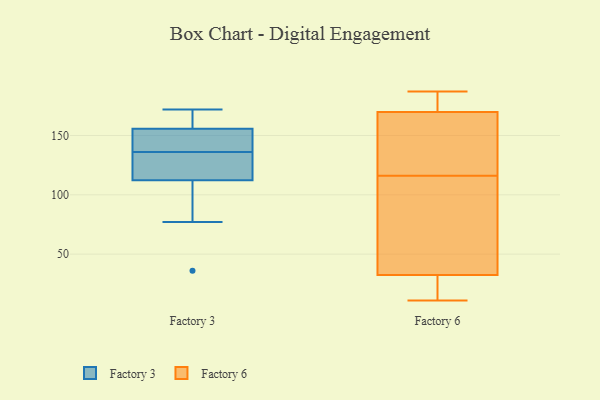
{"axis": {"x": "Net Income (USD K)", "y": "Value"}, "legend": ["Factory 3", "Factory 6"], "data": [{"x": "", "y": 84, "type": "Factory 3"}, {"x": "", "y": 165, "type": "Factory 3"}, {"x": "", "y": 146, "type": "Factory 3"}, {"x": "", "y": 133, "type": "Factory 3"}, {"x": "", "y": 159, "type": "Factory 3"}, {"x": "", "y": 119, "type": "Factory 3"}, {"x": "", "y": 36, "type": "Factory 3"}, {"x": "", "y": 110, "type": "Factory 3"}, {"x": "", "y": 77, "type": "Factory 3"}, {"x": "", "y": 131, "type": "Factory 3"}, {"x": "", "y": 140, "type": "Factory 3"}, {"x": "", "y": 136, "type": "Factory 3"}, {"x": "", "y": 142, "type": "Factory 3"}, {"x": "", "y": 168, "type": "Factory 3"}, {"x": "", "y": 172, "type": "Factory 3"}, {"x": "", "y": 187, "type": "Factory 6"}, {"x": "", "y": 170, "type": "Factory 6"}, {"x": "", "y": 123, "type": "Factory 6"}, {"x": "", "y": 46, "type": "Factory 6"}, {"x": "", "y": 175, "type": "Factory 6"}, {"x": "", "y": 169, "type": "Factory 6"}, {"x": "", "y": 52, "type": "Factory 6"}, {"x": "", "y": 187, "type": "Factory 6"}, {"x": "", "y": 17, "type": "Factory 6"}, {"x": "", "y": 11, "type": "Factory 6"}, {"x": "", "y": 156, "type": "Factory 6"}, {"x": "", "y": 101, "type": "Factory 6"}, {"x": "", "y": 28, "type": "Factory 6"}, {"x": "", "y": 116, "type": "Factory 6"}, {"x": "", "y": 11, "type": "Factory 6"}]}